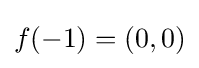
f(-1)=(0,0)